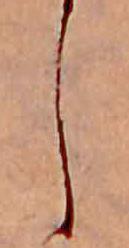
し